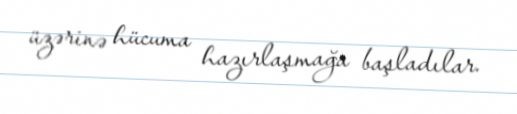
üzərinə hücuma hazırlaşmağa başladılar.